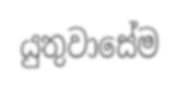
යුතුවාසේම